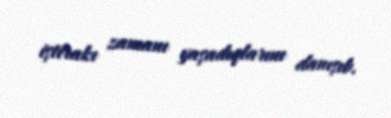
iştirakı zamanı yaşadıqlarını danışıb.